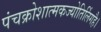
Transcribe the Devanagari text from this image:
पंचक्रोशात्मकज्योतिर्लिगहै।